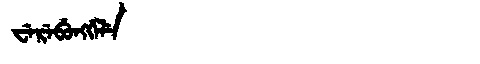
Manchu: ᠸᡝᡵᡝᠪᡠᠩᡤᡝᠯᡝ
Romanization: WEREBUNGGELE